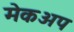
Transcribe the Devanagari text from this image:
मेकअप